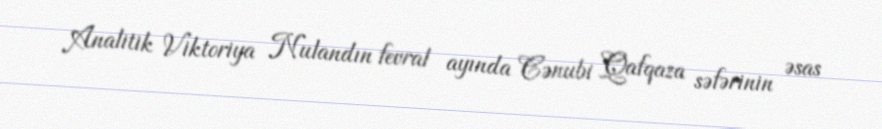
Analitik Viktoriya Nulandın fevral ayında Cənubi Qafqaza səfərinin əsas